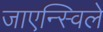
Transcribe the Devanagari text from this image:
जाएन्स्विले